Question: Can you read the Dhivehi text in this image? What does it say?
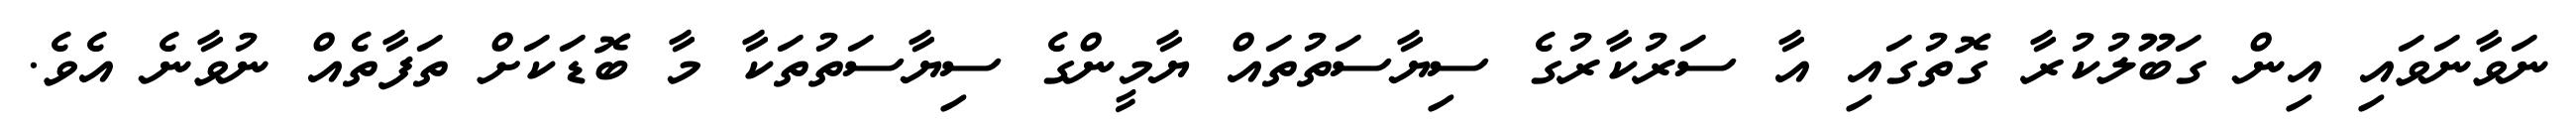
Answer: ނަވާނަވައި އިން ގަބޫލުކުރާ ގޮތުގައި އާ ސަރުކާރުގެ ސިޔާސަތުތައް ޔާމީންގެ ސިޔާސަތުތަކާ މާ ބޮޑަކަށް ތަފާތެއް ނުވާނެ އެވެ.